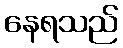
နေရသည်